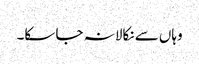
وہاں سے نکالا نہ جا سکا۔